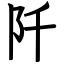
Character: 阡